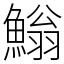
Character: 䱵